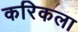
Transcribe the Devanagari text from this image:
करिकला